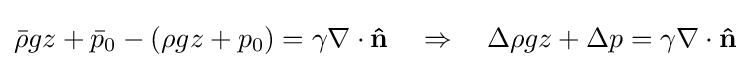
{\bar {\rho }}gz+{\bar {p}}_{0}-(\rho gz+p_{0})=\gamma \nabla \cdot \mathbf {\hat {n}} \quad \Rightarrow \quad \Delta \rho gz+\Delta p=\gamma \nabla \cdot \mathbf {\hat {n}}